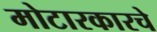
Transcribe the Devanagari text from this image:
मोटारकारचे